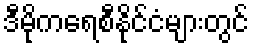
ဒီမိုကရေစီနိုင်ငံများတွင်